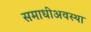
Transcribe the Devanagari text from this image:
समाधीअवस्था